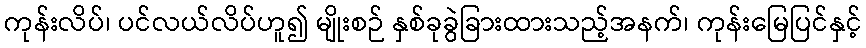
ကုန်းလိပ်၊ ပင်လယ်လိပ်ဟူ၍ မျိုးစဉ် နှစ်ခုခွဲခြားထားသည့်အနက်၊ ကုန်းမြေပြင်နှင့်